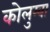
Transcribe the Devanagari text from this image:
कोलुम्बा